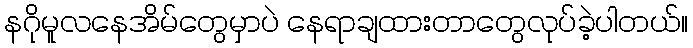
နဂိုမူလနေအိမ်တွေမှာပဲ နေရာချထားတာတွေလုပ်ခဲ့ပါတယ်။